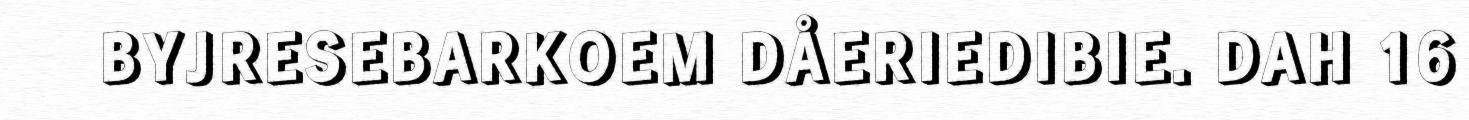
BYJRESEBARKOEM DÅERIEDIBIE. DAH 16